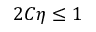
2 C \eta \leq 1